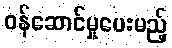
ဝန်ဆောင်မှုပေးမည့်